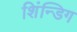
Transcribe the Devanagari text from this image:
शिंन्डिग